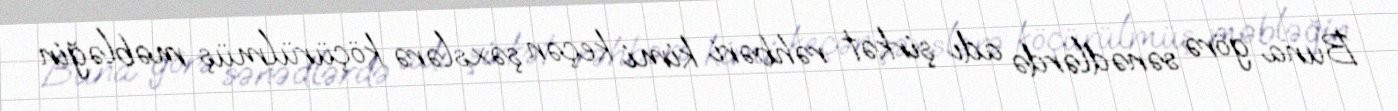
Buna görə sənədlərdə adı şirkət rəhbəri kimi keçən şəxslərə köçürülmüş məbləğin